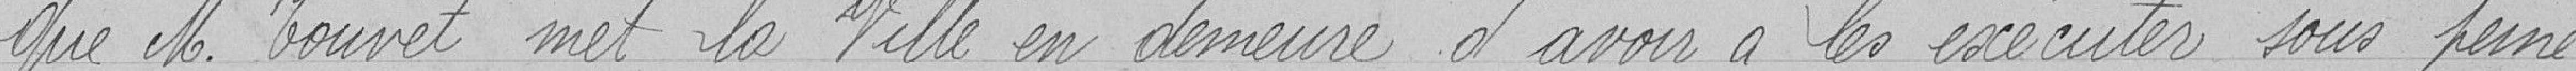
Que monsieur Touvet met la ville en demeure d'avoir à les exécuter sous peine